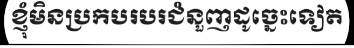
ខ្ញុំមិនប្រកបរបរជំនួញដូច្នេះទៀត